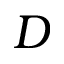
D